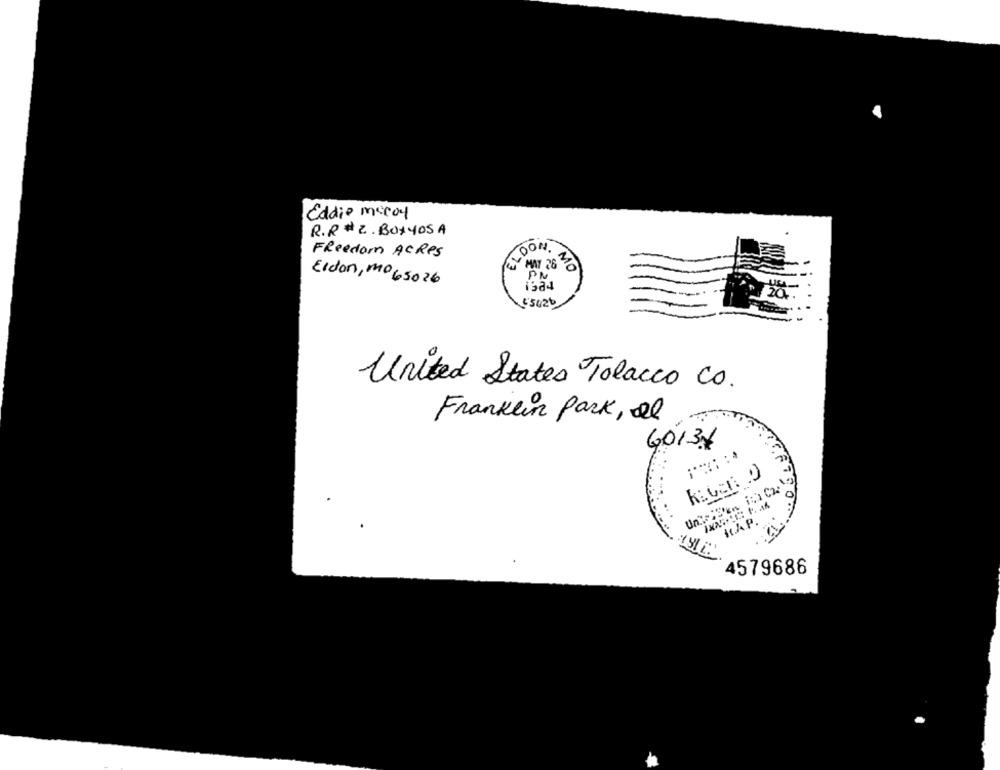
Eddie mccoy
R.R # 2. BOXYOSA
ELDON.
Freedom ACRES
MAY 26
MO
PN
Eldon, mo 65026
L'5026
United States Tolacco Co.
Franklin Park, al
60134
It.A.P.
15:
4579686